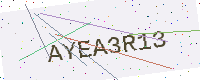
Text: AYEA3R13